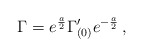
\begin{align*}\Gamma = e^{a\over 2} \Gamma'_{(0)} e^{-{a\over 2}}\, ,\end{align*}